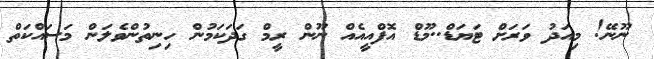
ނޫނޭ! މިއަދު ވަރަށް ޓަޔަޑް..މޫޑް އޮފްއީއެއް ނޫން ރީމް ގަދަކަމުން ހިނިތުންވެލަން މަސައްކަތް